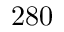
2 8 0